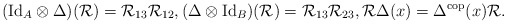
\begin{align*}& (\textrm{Id}_A \otimes \Delta)(\mathcal{R}) = \mathcal{R}_{13} \mathcal{R}_{12},(\Delta \otimes \textrm{Id}_B)(\mathcal{R}) = \mathcal{R}_{13} \mathcal{R}_{23}, \mathcal{R} \Delta(x) = \Delta^{\mathrm{cop}}(x)\mathcal{R}. \end{align*}